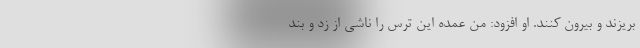
بریزند و بیرون کنند. او افزود: من عمده این ترس را ناشی از زد و بند